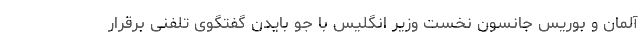
آلمان و بوریس جانسون نخست وزیر انگلیس با جو بایدن گفتگوی تلفنی برقرار